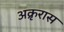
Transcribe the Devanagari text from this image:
अक्रृरास